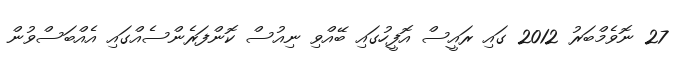
27 ނޮވެމްބަރު 2012 ގައި ރައީސް އޮފީހުގައި ބޭއްވި ނިއުސް ކޮންފަރެންސެއްގައި އެއްބަސްވުން